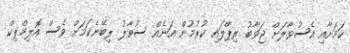
ކަމަށާއި އެސުވާލަށް ޖަވާބު ރިޕްލައި ކުރުމުން އަނެއް ސުވާލު ލިބޭނެކަމަށް ވެސް އޮލިމްޕިކް